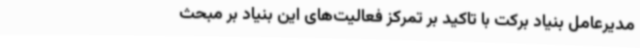
مدیرعامل بنیاد برکت با تاکید بر تمرکز فعالیت‌های این بنیاد بر مبحث